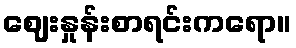
ဈေးနှုန်းစာရင်းကရော။